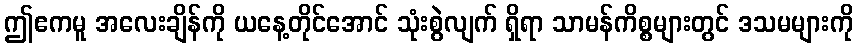
ဤဧကမူ အလေးချိန်ကို ယနေ့တိုင်အောင် သုံးစွဲလျက် ရှိရာ သာမန်ကိစ္စများတွင် ဒသမများကို